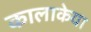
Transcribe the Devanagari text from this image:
कालाकेया